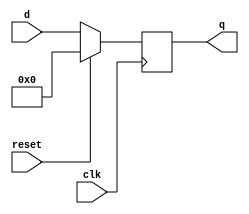
module top_module (
    input clk,
    input reset,            // Synchronous reset
    input [7:0] d,
    output [7:0] q
);
    always @(posedge clk)
        if(reset)
            q <= 8'b0;
    	else
            q <= d;
        
endmodule